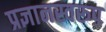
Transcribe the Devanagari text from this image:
प्रज्ञानस्वरूप